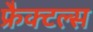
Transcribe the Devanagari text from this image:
फ्रैक्टल्स